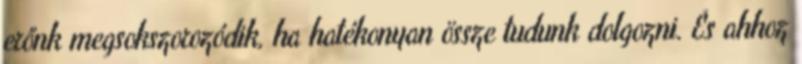
erőnk megsokszorozódik, ha hatékonyan össze tudunk dolgozni. És ahhoz